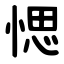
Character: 愢